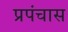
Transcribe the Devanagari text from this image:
प्रपंचास